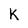
Character: k